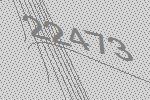
22473